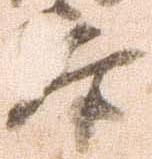
参